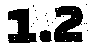
1.2